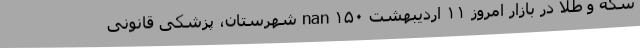
سکه و طلا در بازار امروز ۱۱ اردیبهشت nan ۱۵۰ شهرستان، پزشکی قانونی